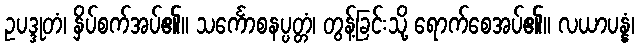
ဥပဒ္ဒုတံ၊ နှိပ်စက်အပ်၏။ သင်္ကောစနပ္ပတ္တံ၊ တွန့်ခြင်းသို့ ရောက်စေအပ်၏။ လယာပန္နံ၊